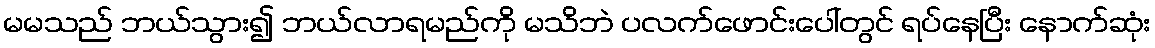
မမသည် ဘယ်သွား၍ ဘယ်လာရမည်ကို မသိဘဲ ပလက်ဖောင်းပေါ်တွင် ရပ်နေပြီး နောက်ဆုံး